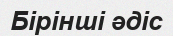
Бірінші әдіс